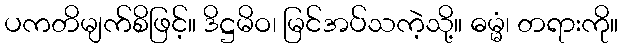
ပကတိမျက်စိဖြင့်။ ဒိဋ္ဌမိဝ၊ မြင်အပ်သကဲ့သို့။ ဓမ္မံ၊ တရားကို။